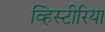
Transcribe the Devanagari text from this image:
व्हिस्टीरिया